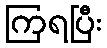
ကြရပြီး